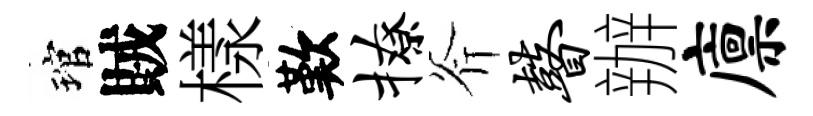
琯賊樣歎撩斧瞽辦廪